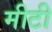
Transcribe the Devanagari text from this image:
मीटी